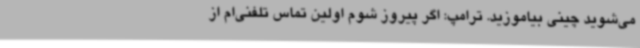
می‌شوید چینی بیاموزید. ترامپ: اگر پیروز شوم اولین تماس تلفنی‌ام از